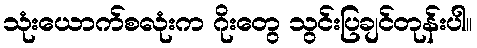
သုံးယောက်စလုံးက ဂိုးတွေ သွင်းပြချင်တုန်းပါ။